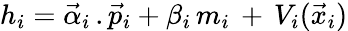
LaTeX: h_{i}=\vec{\alpha}_{i}\, .\vec{p}_{i}+\beta_{i}\, m_{i}\, +\, V_{i}(\vec{x}_{i})